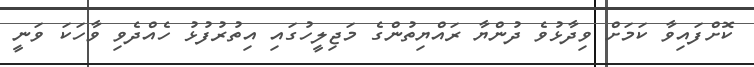
ކޮށްފައިވާ ކަމަށް ވިދާޅުވެ ދުންޔާ ރައްޔިތުންގެ މަޖިލީހުގައި އިތުުރުފުޅު ހެއްދެވި ވާހަކަ ވަނީ